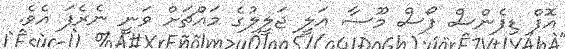
އޮފް ޑިފެންސް ފޯސް މޫސާ އަލީ ޖަލީލުގެ މައްޗަށް ވަނީ ނެރެފަ އެވެ.